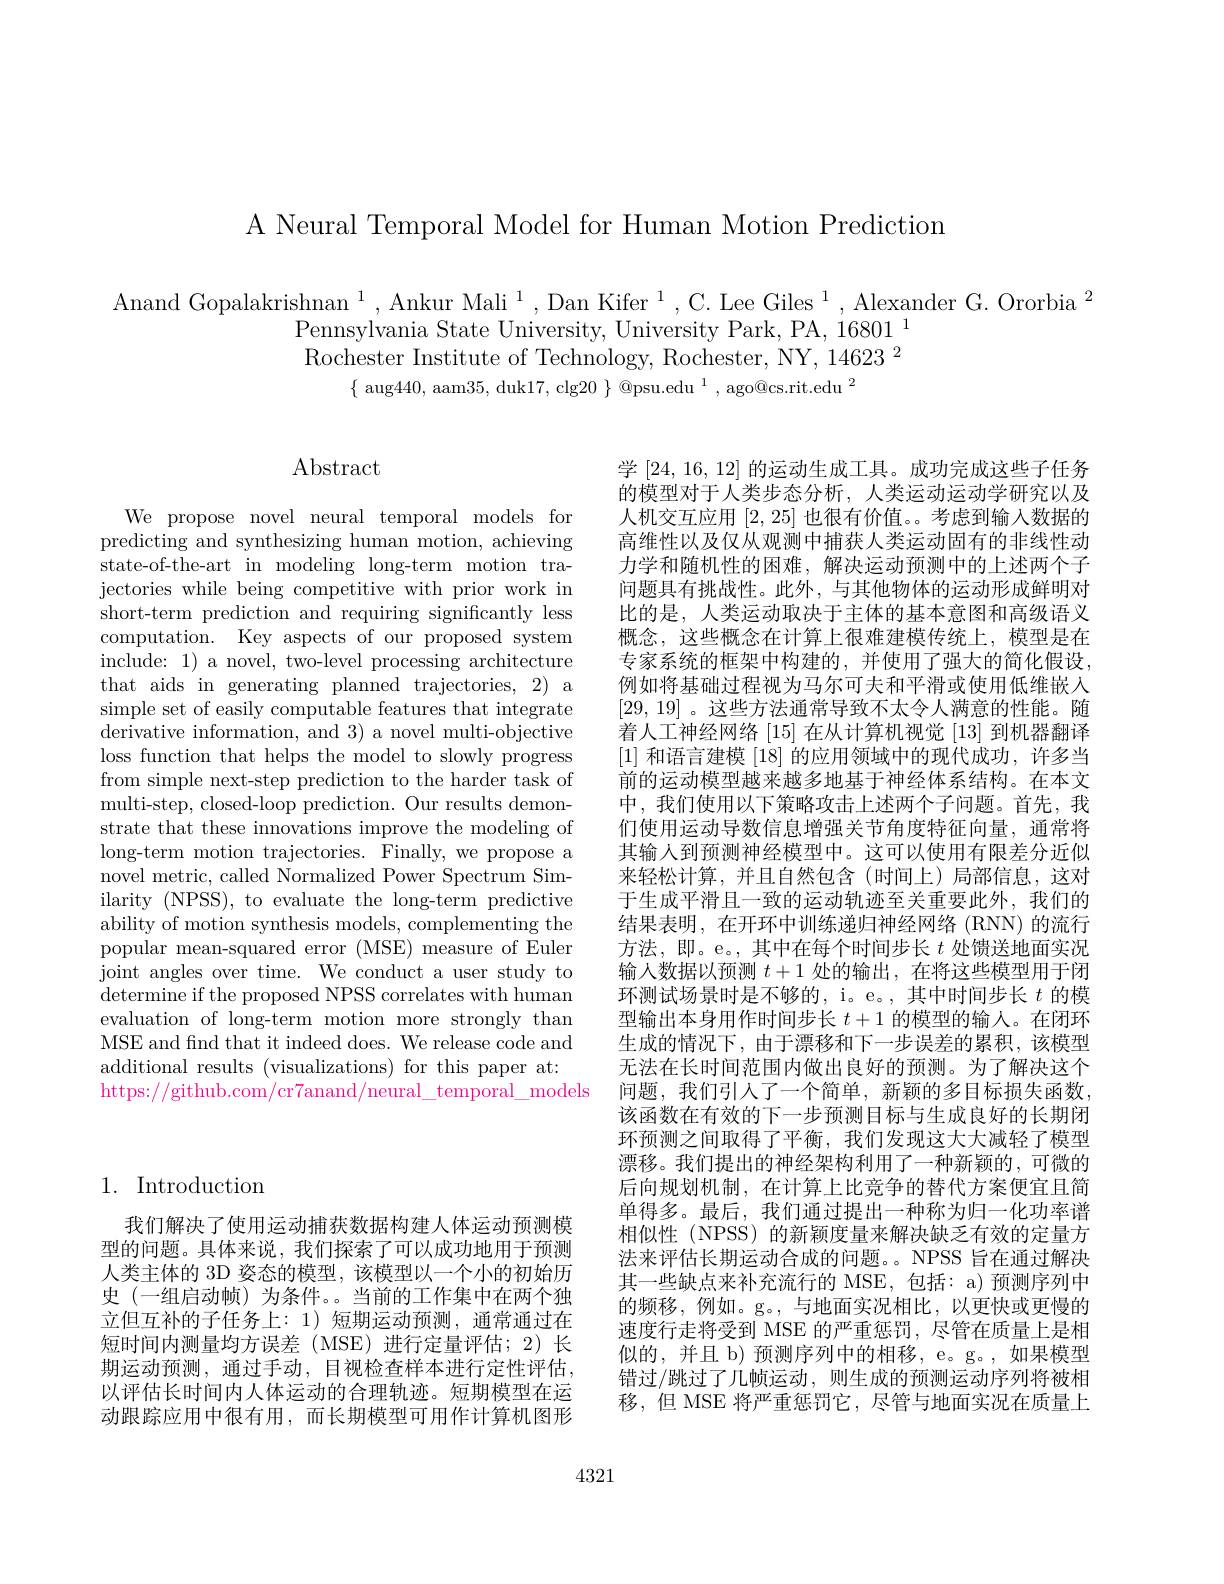
A Neural Temporal Model for Human Motion Prediction

Anand Gopalakrishnan $^1,\text{Ankur Mali}^{1},\text{Dan Kifer }^{1},\text{C.Lee Giles }^{1}$,Alexander G. Ororbia $^2$
$\begin{array}{l}{{\mathrm{Pennsylvania~State~University,~University~Park,~PA,~16801~1}}}\end{array}$
Rochester Institute of Technology, Rochester, NY, 14623 2
$\{\begin{array}{c}{\mathrm{aug}440,\mathrm{~aam}35,\mathrm{~duk}17,\mathrm{~clg}20}\end{array}\}\begin{array}{c}{\textcircled {Q}\mathrm{psu.edu~}^{1},\mathrm{~ago@cs.rit.edu~}^{2}}\\{\mathrm{~ang}440,\mathrm{~aam}35,\mathrm{~duk}17,\mathrm{~clg}20}\end{array}\}\begin{array}{cc}{\textcircled {Q}\mathrm{psu.edu~}^{1},\mathrm{~ago@cs.rit.edu~}^{2}}\end{array}$

## $\operatorname{Abstract}$

We propose novel neural temporal models for predicting and synthesizing human motion, achieving state-of-the-art in modeling long-term motion trajectories while being competitive with prior work in short-term prediction and requiring significantly less computation. Key aspects of our proposed system include: 1) a novel, two-level processing architecture that aids in generating planned trajectories, 2) a simple set of easily computable features that integrate derivative information, and 3) a novel multi-objective loss function that helps the model to slowly progress from simple next-step prediction to the harder task of multi-step, closed-loop prediction. Our results demonstrate that these innovations improve the modeling of long-term motion trajectories. Finally, we propose a novel metric, called Normalized Power Spectrum Similarity (NPSS), to evaluate the long-term predictive ability of motion synthesis models, complementing the popular mean-squared error (MSE) measure of Euler joint angles over time. We conduct a user study to determine if the proposed NPSS correlates with human evaluation of long-term motion more strongly than MSE and fnd that it indeed does. We release code and additional results (visualizations) for this paper at: https://github.com/cr7anand/neural\_temporal\_models

学[24,16,12]的运动生成工具。成功完成这些子任务的模型对于人类步态分析，人类运动运动学研究以及人机交互应用[2,25]也很有价值。考虑到输入数据的高维性以及仅从观测中捕获人类运动固有的非线性动力学和随机性的困难，解决运动预测中的上述两个子问题具有挑战性。此外，与其他物体的运动形成鲜明对比的是，人类运动取决于主体的基本意图和高级语义概念，这些概念在计算上很难建模传统上，模型是在专家系统的框架中构建的，并使用了强大的简化假设， 例如将基础过程视为马尔可夫和平滑或使用低维嵌入[29,19]。这些方法通常导致不太令人满意的性能。随着人工神经网络[15]在从计算机视觉[13]到机器翻译[1]和语言建模[18]的应用领域中的现代成功，许多当前的运动模型越来越多地基于神经体系结构。在本文中，我们使用以下策略攻击上述两个子问题。首先，我们使用运动导数信息增强关节角度特征向量，通常将其输入到预测神经模型中。这可以使用有限差分近似来轻松计算，并且自然包含(时间上)局部信息，这对于生成平滑且一致的运动轨迹至关重要此外，我们的结果表明，在开环中训练递归神经网络(RNN)的流行方法，即。e。,其中在每个时间步长$t$处馈送地面实况输入数据以预测$t+1$处的输出，在将这些模型用于闭环测试场景时是不够的，i。e。, 其中时间步长$t$的模型输出本身用作时间步长$t+1$的模型的输入。在闭环生成的情况下，由于漂移和下一步误差的累积，该模型无法在长时间范围内做出良好的预测。为了解决这个问题，我们引人了一个简单，新颖的多目标损失函数， 该函数在有效的下一步预测目标与生成良好的长期闭环预测之间取得了平衡，我们发现这大大减轻了模型漂移。我们提出的神经架构利用了一种新颖的，可微的后向规划机制，在计算上比竞争的替代方案便宜且简单得多。最后，我们通过提出一种称为归一化功率谱相似性(NPSS)的新颖度量来解决缺乏有效的定量方法来评估长期运动合成的问题。。NPSS 旨在通过解决其一些缺点来补充流行的 MSE,包括：a)预测序列中的频移，例如。g。,与地面实况相比，以更快或更慢的速度行走将受到 MSE 的严重惩罚，尽管在质量上是相似的，并且 b) 预测序列中的相移，e。g。,如果模型错过/跳过了几帧运动，则生成的预测运动序列将被相移，但 MSE 将严重惩罚它，尽管与地面实况在质量上

## 1. Introduction

我们解决了使用运动捕获数据构建人体运动预测模型的问题。具体来说，我们探索了可以成功地用于预测人类主体的 3D 姿态的模型，该模型以一个小的初始历史 (一组启动帧) 为条件。。当前的工作集中在两个独立但互补的子任务上：1)短期运动预测，通常通过在短时间内测量均方误差(MSE)进行定量评估；2)长期运动预测，通过手动，目视检查样本进行定性评估， 以评估长时间内人体运动的合理轨迹。短期模型在运动跟踪应用中很有用，而长期模型可用作计算机图形

4321